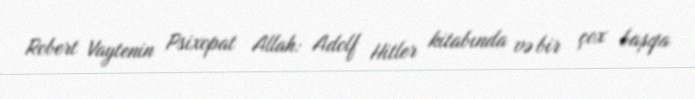
Robert Vaytenin Psixopat Allah: Adolf Hitler kitabında və bir çox başqa